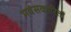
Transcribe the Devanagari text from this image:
मवंसकारिता